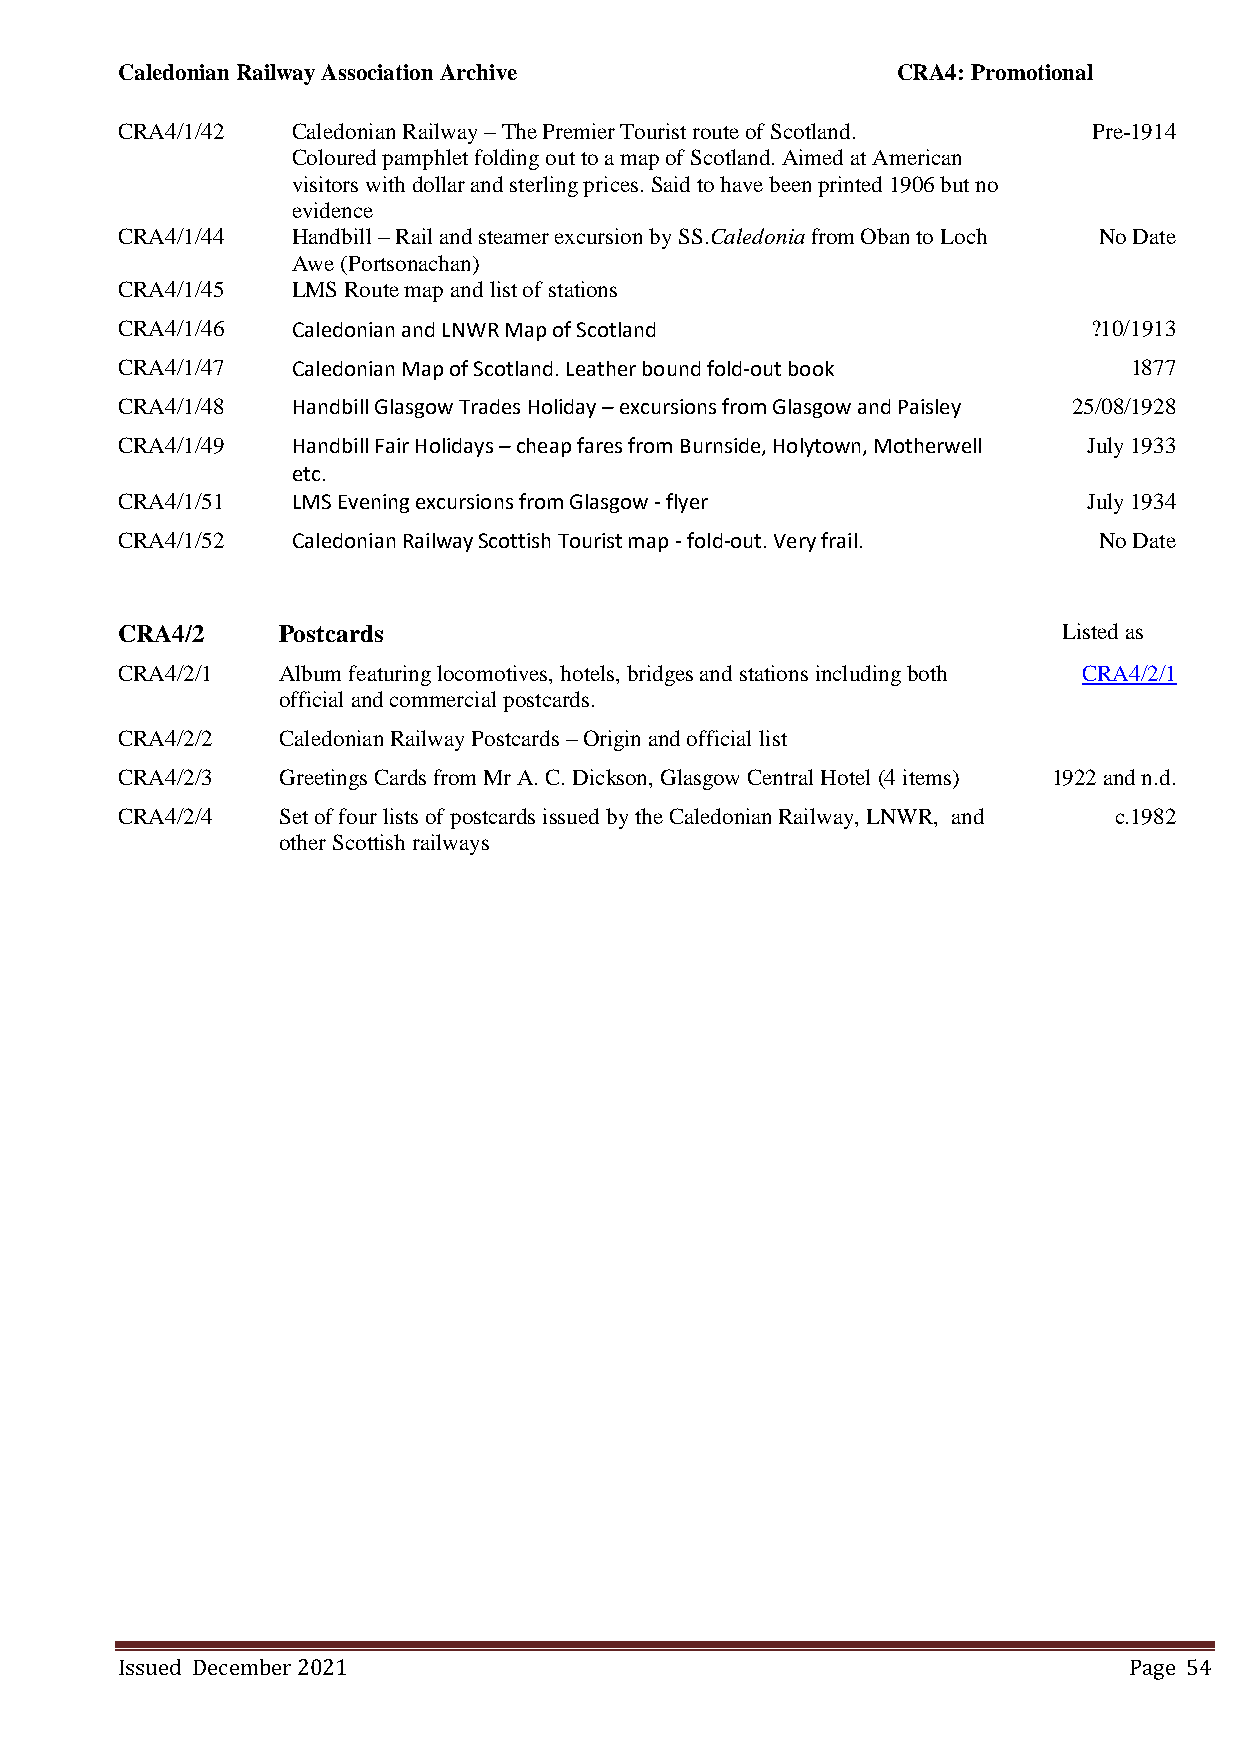
Caledonian Railway Association Archive             CRA4: Promotional
 CRA4/1/42  Caledonian Railway – The Premier Tourist route of Scotland. Pre-1914
 Coloured pamphlet folding out to a map of Scotland. Aimed at American
 visitors with dollar and sterling prices. Said to have been printed 1906 but no
 evidence
 CRA4/1/44  Handbill – Rail and steamer excursion by SS.Caledonia from Oban to Loch No Date
 Awe (Portsonachan)
 CRA4/1/45  LMS Route map and list of stations
 CRA4/1/46  Caledonian and LNWR Map of Scotland                  ?10/1913
 CRA4/1/47  Caledonian Map of Scotland. Leather bound fold-out book 1877
 CRA4/1/48  Handbill Glasgow Trades Holiday – excursions from Glasgow and Paisley 25/08/1928
 CRA4/1/49  Handbill Fair Holidays – cheap fares from Burnside, Holytown, Motherwell July 1933
 etc.
 CRA4/1/51  LMS Evening excursions from Glasgow - flyer          July 1934
 CRA4/1/52  Caledonian Railway Scottish Tourist map - fold-out. Very frail. No Date
 CRA4/2    Postcards                                           Listed as
 CRA4/2/1  Album featuring locomotives, hotels, bridges and stations including both CRA4/2/1
 official and commercial postcards.
 CRA4/2/2  Caledonian Railway Postcards – Origin and official list
 CRA4/2/3  Greetings Cards from Mr A. C. Dickson, Glasgow Central Hotel (4 items) 1922 and n.d.
 CRA4/2/4  Set of four lists of postcards issued by the Caledonian Railway, LNWR, and c.1982
 other Scottish railways
 Issued December 2021                                               Page 54